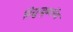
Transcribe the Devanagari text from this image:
विद्युच्चुबकीय